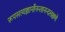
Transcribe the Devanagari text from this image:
रूपसत्यज्ञानाँनन्तानन्दलक्षणे